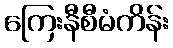
ကြေးနီစီမံကိန်း